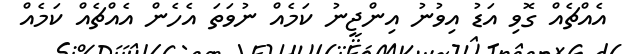
އެއްޗެއް ގޮވި އަޑު އިވުނު އިންޖީނު ކަމެއް ނުވަތަ އެހެން އެއްޗެއް ކަމެއް